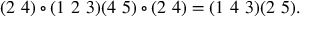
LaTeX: ( 2 ~ 4 ) \circ ( 1 ~ 2 ~ 3 ) ( 4 ~ 5 ) \circ ( 2 ~ 4 ) = ( 1 ~ 4 ~ 3 ) ( 2 ~ 5 ) .